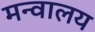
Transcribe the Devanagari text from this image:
मन्वालय